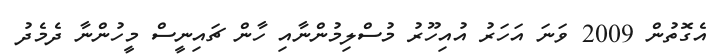
އެގޮތުން 2009 ވަނަ އަހަރު އުއިހޫރު މުސްލިމުންނާއި ހާން ޗައިނީސް މީހުންނާ ދެމެދު